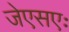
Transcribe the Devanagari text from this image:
जेएसएः